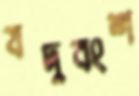
যদুবংশ